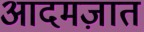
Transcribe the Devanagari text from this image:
आदमज़ात